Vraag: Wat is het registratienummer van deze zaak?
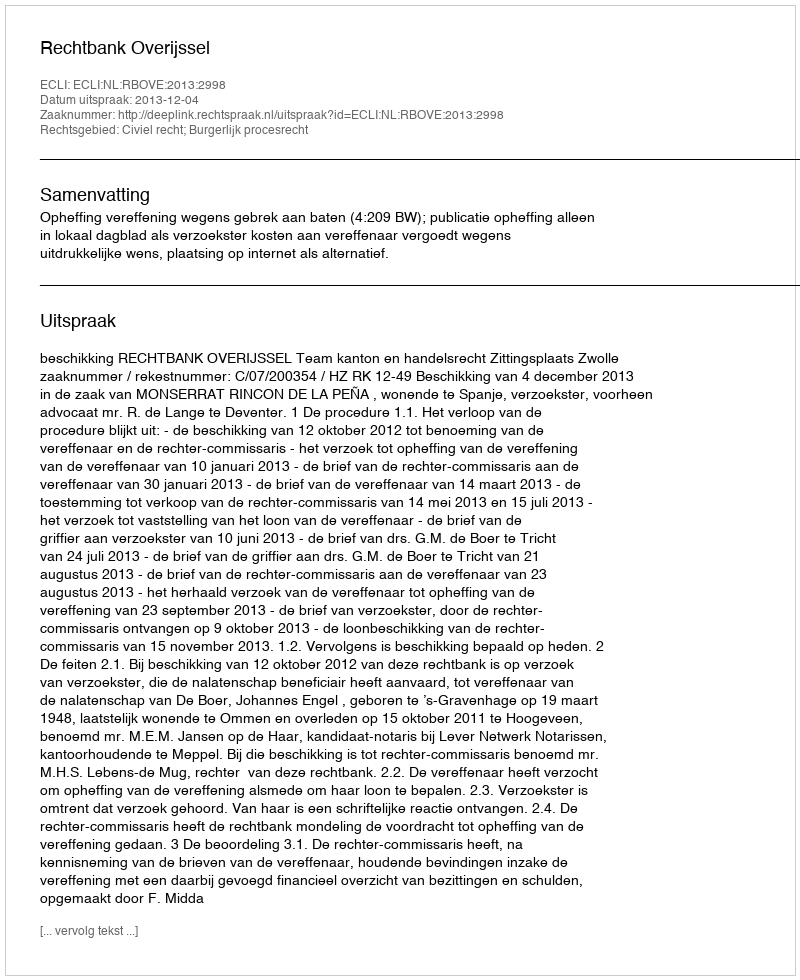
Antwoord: http://deeplink.rechtspraak.nl/uitspraak?id=ECLI:NL:RBOVE:2013:2998